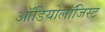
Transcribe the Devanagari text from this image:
ऑडियोलॉजिस्ट